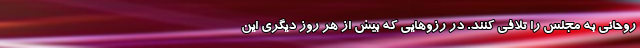
روحانی به مجلس را تلافی کنند. در رزوهایی که بیش از هر روز دیگری این